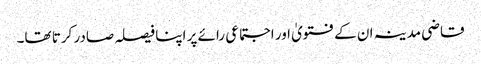
قاضی مدینہ ان کے فتویٰ اور اجتماعی رائے پر اپنا فیصلہ صادر کرتا تھا۔